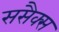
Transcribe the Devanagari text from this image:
ससैक्स